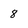
Character: 8